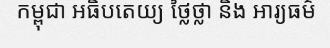
កម្ពុជា អធិបតេយ្យ ថ្លៃថ្លា និង អារ្យធម៌